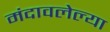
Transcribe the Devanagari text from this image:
मंदावलेल्या